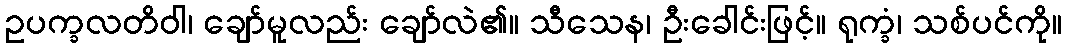
ဥပက္ခလတိဝါ၊ ချော်မူလည်း ချော်လဲ၏။ သီသေန၊ ဦးခေါင်းဖြင့်။ ရုက္ခံ၊ သစ်ပင်ကို။